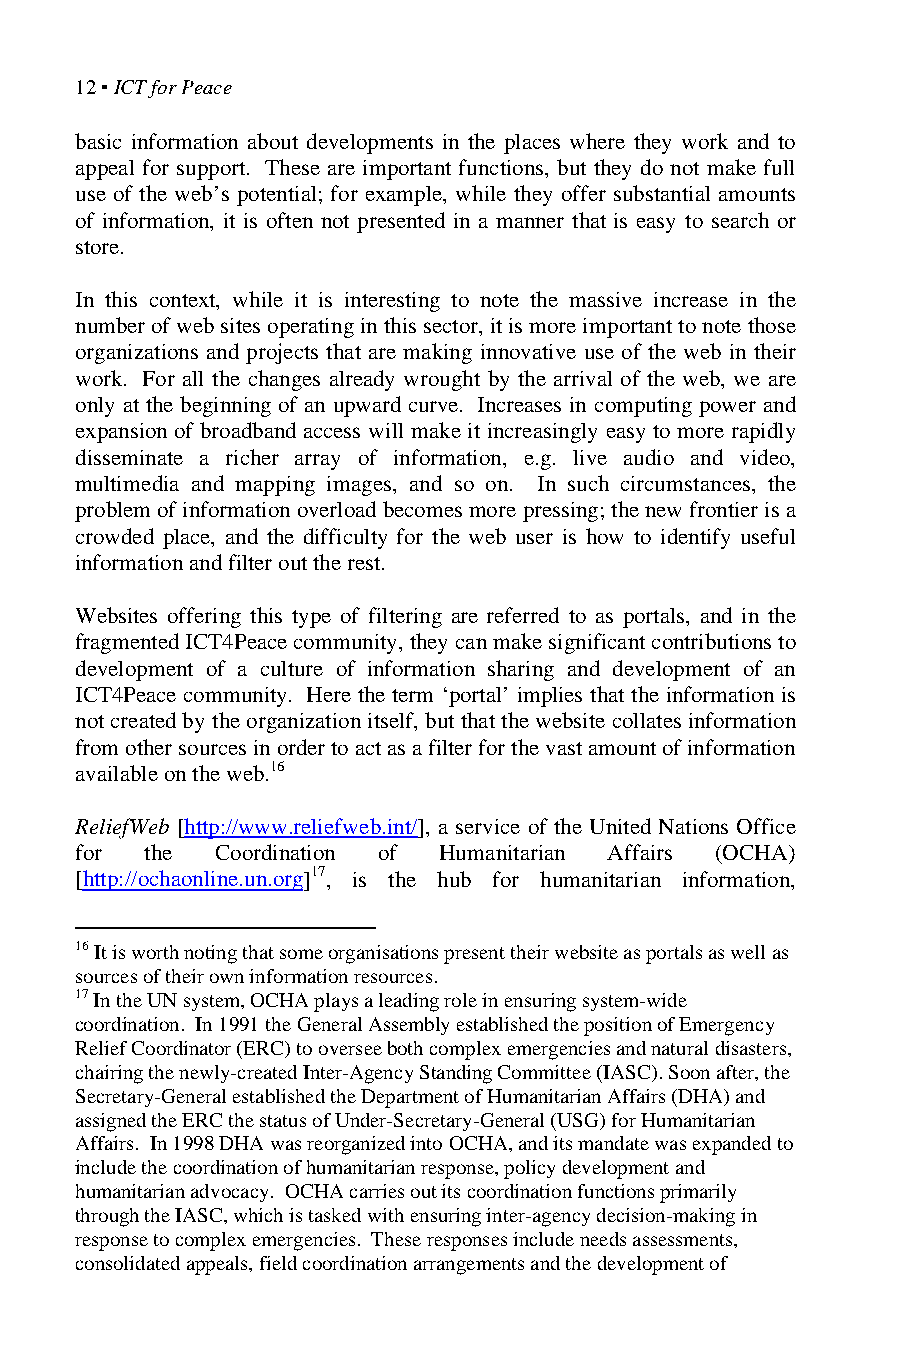
12 ▪ ICT for Peace
 basic information about developments in the places where they work and to
 appeal for support. These are important functions, but they do not make full
 use of the web’s potential; for example, while they offer substantial amounts
 of information, it is often not presented in a manner that is easy to search or
 store.
 In this context, while it is interesting to note the massive increase in the
 number of web sites operating in this sector, it is more important to note those
 organizations and projects that are making innovative use of the web in their
 work. For all the changes already wrought by the arrival of the web, we are
 only at the beginning of an upward curve. Increases in computing power and
 expansion of broadband access will make it increasingly easy to more rapidly
 disseminate a richer array of information, e.g. live audio and video,
 multimedia and mapping images, and so on. In such circumstances, the
 problem of information overload becomes more pressing; the new frontier is a
 crowded place, and the difficulty for the web user is how to identify useful
 information and filter out the rest.
 Websites offering this type of filtering are referred to as portals, and in the
 fragmented ICT4Peace community, they can make significant contributions to
 development of a culture of information sharing and development of an
 ICT4Peace community. Here the term ‘portal’ implies that the information is
 not created by the organization itself, but that the website collates information
 from other sources in order to act as a filter for the vast amount of information
 available on the web.16
 ReliefWeb [http://www.reliefweb.int/], a service of the United Nations Office
 for  the Coordination of Humanitarian Affairs (OCHA)
 [http://ochaonline.un.org]17, is the hub for humanitarian information,
 16 It is worth noting that some organisations present their website as portals as well as
 sources of their own information resources.
 17 In the UN system, OCHA plays a leading role in ensuring system-wide
 coordination. In 1991 the General Assembly established the position of Emergency
 Relief Coordinator (ERC) to oversee both complex emergencies and natural disasters,
 chairing the newly-created Inter-Agency Standing Committee (IASC). Soon after, the
 Secretary-General established the Department of Humanitarian Affairs (DHA) and
 assigned the ERC the status of Under-Secretary-General (USG) for Humanitarian
 Affairs. In 1998 DHA was reorganized into OCHA, and its mandate was expanded to
 include the coordination of humanitarian response, policy development and
 humanitarian advocacy. OCHA carries out its coordination functions primarily
 through the IASC, which is tasked with ensuring inter-agency decision-making in
 response to complex emergencies. These responses include needs assessments,
 consolidated appeals, field coordination arrangements and the development of